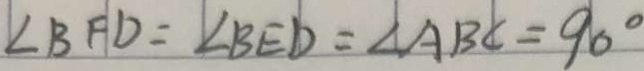
\angle B F D = \angle B E D = \angle A B C = 9 0 ^ { \circ }